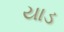
યાડ